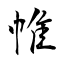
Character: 帷